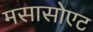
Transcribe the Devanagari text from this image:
मसासोएट